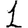
Digit: 1